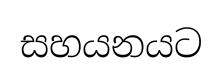
සහයනයට